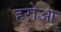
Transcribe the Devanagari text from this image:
हरोआ